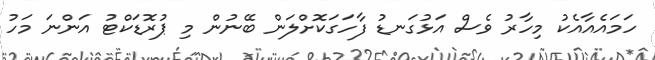
ހަމައެއާއެކު މިހާރު ވެސް އަޅުގަނޑު ފާހަގަކޮށްލަން ބޭނުން މި ޕުރޮޑަކްޓު އަންނަ މަހު